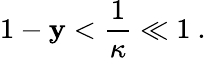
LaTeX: {1-\mathbf{y}}<{\frac{{1}}{{\kappa}}}\ll1\ .